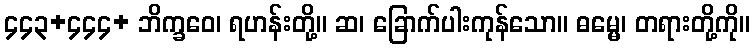
၄၄၃+၄၄၄+ ဘိက္ခဝေ၊ ရဟန်းတို့။ ဆ၊ ခြောက်ပါးကုန်သော။ ဓမ္မေ၊ တရားတို့ကို။